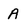
Character: A